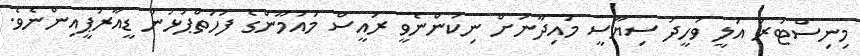
މިނިސްޓަރު އަލީ ވަހީދު ސިޔާސީ މައިދާނަށް ނިކުންނެވީ ރައީސް މައުމޫންގެ ފަހަތްޕުޅުން ޑީއާރުޕީއިންނެވެ.